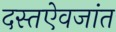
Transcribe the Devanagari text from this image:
दस्तऐवजांत